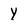
Character: Y